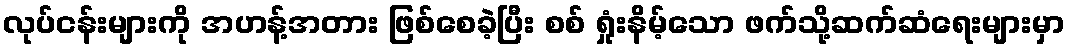
လုပ်ငန်းများကို အဟန့်အတား ဖြစ်စေခဲ့ပြီး စစ် ရှုံးနိမ့်သော ဖက်သို့ဆက်ဆံရေးများမှာ